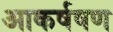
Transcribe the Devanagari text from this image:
आकर्षषण